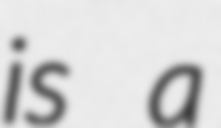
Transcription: is a